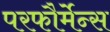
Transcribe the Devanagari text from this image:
परफौर्मेन्स